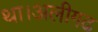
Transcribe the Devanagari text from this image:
था।अलीगढ